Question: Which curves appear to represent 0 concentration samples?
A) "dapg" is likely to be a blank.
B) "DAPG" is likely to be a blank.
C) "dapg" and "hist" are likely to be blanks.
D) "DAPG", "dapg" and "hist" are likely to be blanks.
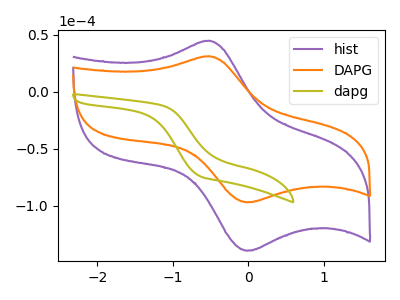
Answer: <think>The purple curve "hist" has an anodic peak at (-0.50V, 44.80uA) and a cathodic peak at (0.00V, -139.45uA). The orange curve "DAPG" has an anodic peak at (-0.50V, 31.15uA) and a cathodic peak at (0.00V, -97.00uA). The olive curve "dapg" has no peaks.</think>
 <answer>A) "dapg" is likely to be a blank.</answer>
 <eval>A</eval>